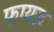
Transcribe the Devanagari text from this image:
फायज़